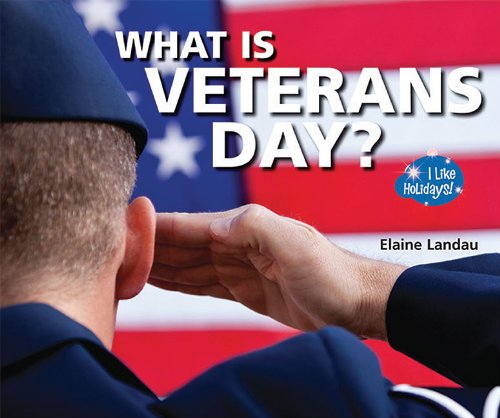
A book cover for What Is Veterans Day? (I Like Holidays!); Elaine Landau; Children's Books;